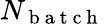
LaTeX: N_{\mathrm{~b~a~t~c~h~}}